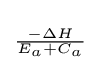
\scriptstyle {\frac {-\Delta H}{E_{a}+C_{a}}}